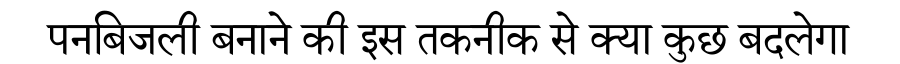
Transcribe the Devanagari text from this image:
पनबिजली बनाने की इस तकनीक से क्या कुछ बदलेगा